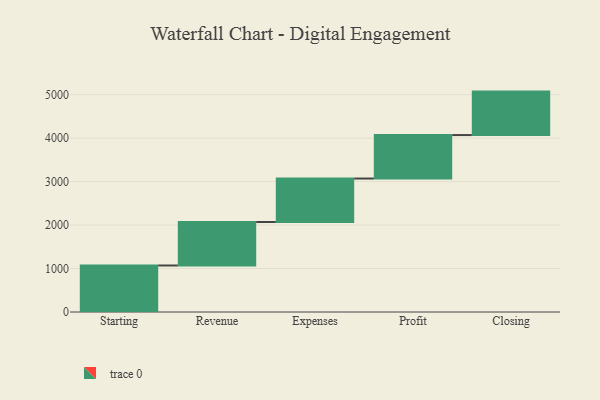
{"axis": {"x": "Step", "y": "Value"}, "legend": [""], "data": [{"x": "Starting", "y": 1070.0, "type": ""}, {"x": "Revenue", "y": 1000, "type": ""}, {"x": "Expenses", "y": 1000, "type": ""}, {"x": "Profit", "y": 1000, "type": ""}, {"x": "Closing", "y": 1000, "type": ""}]}